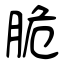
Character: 脆